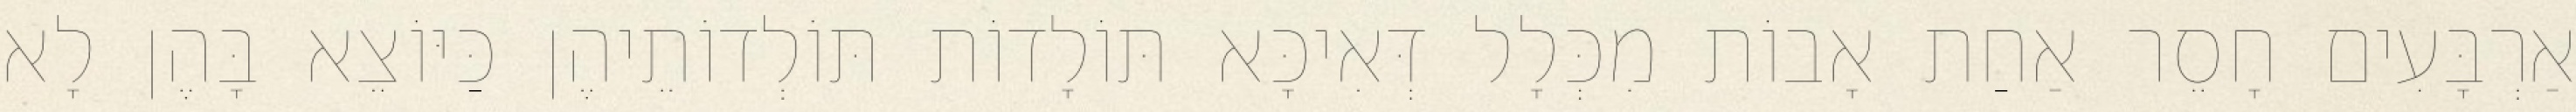
אַרְבָּעִים חָסֵר אַחַת אָבוֹת מִכְּלָל דְּאִיכָּא תּוֹלָדוֹת תּוֹלְדוֹתֵיהֶן כַּיּוֹצֵא בָּהֶן לָא